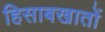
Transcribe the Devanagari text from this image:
हिसाबखातों